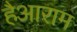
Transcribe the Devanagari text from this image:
हैआराम